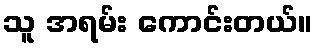
သူ အရမ်း ကောင်းတယ်။